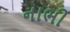
નાભી